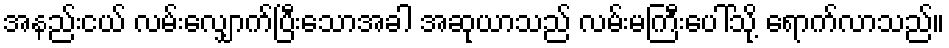
အနည်းငယ် လမ်းလျှောက်ပြီးသောအခါ အဆုယာသည် လမ်းမကြီးပေါ်သို့ ရောက်လာသည်။